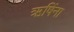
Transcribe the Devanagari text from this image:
ऋषिंना